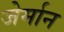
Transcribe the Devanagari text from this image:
जेर्मान